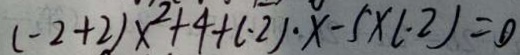
( - 2 + 2 ) x ^ { 2 } + 4 + ( \cdot 2 ) \cdot x - 5 \times ( \cdot 2 ) = 0